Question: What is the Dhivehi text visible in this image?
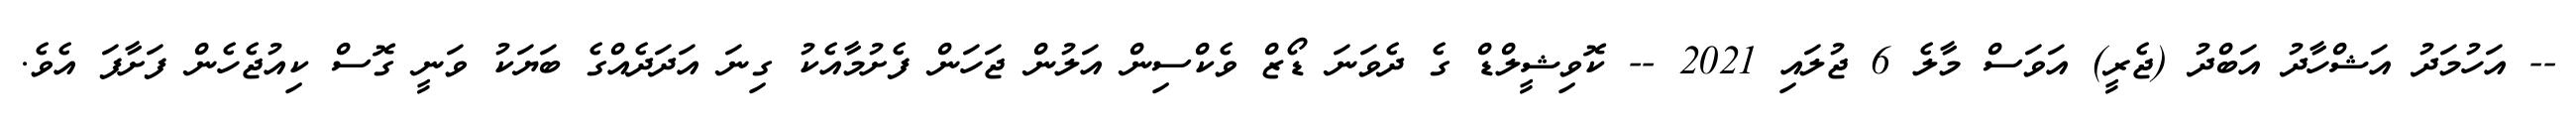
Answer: -- އަހުމަދު އަޝްހާދު އަބްދު (ޖެރީ) އަވަސް މާލެ 6 ޖުލައި 2021 -- ކޮވިޝީލްޑް ގެ ދެވަނަ ޑޯޒް ވެކްސިން އަލުން ޖަހަން ފެށުމާއެކު ގިނަ އަދަދެއްގެ ބަޔަކު ވަނީ ގޮސް ކިއުޖެހެން ފަށާފަ އެވެ.